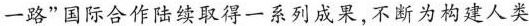
一路”国际合作陆续取得一系列成果，不断为构建人类